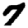
Digit: 7